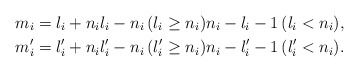
\begin{align*}&m_i = l_i + n_i l_i - n_i\, (l_i \geq n_i) n_i - l_i - 1 \,(l_i < n_i), \\&m'_i = l'_i + n_i l'_i - n_i \,(l'_i \geq n_i) n_i - l'_i - 1 \,(l'_i < n_i).\end{align*}